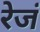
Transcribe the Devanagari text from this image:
रेजं